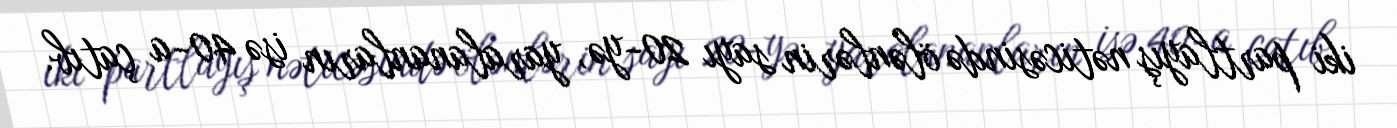
iki partlayış nəticəsində ölənlərin sayı 20-yə, yaralananların isə 40-a çatıb.